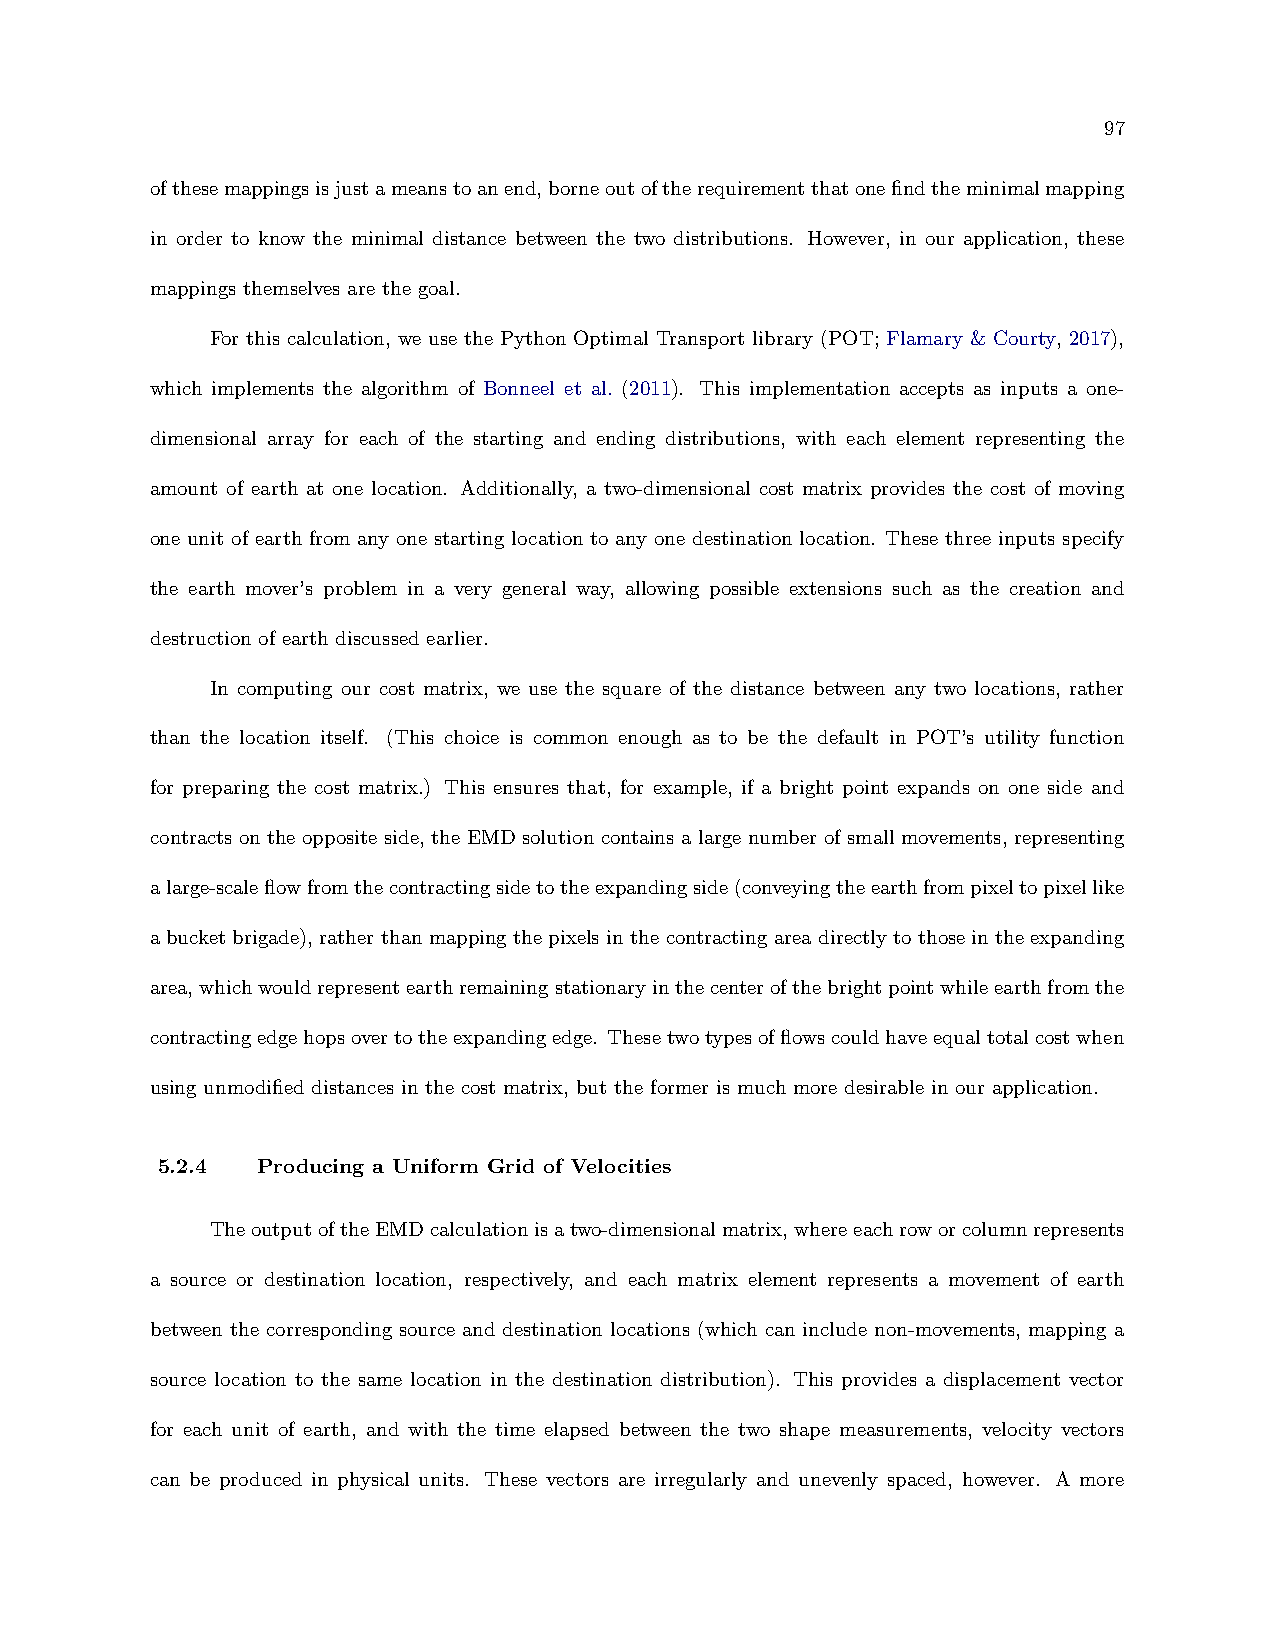
97
 ofthesemappingsisjustameanstoanend,borneoutoftherequirementthatonefindtheminimalmapping
 in order to know the minimal distance between the two distributions. However, in our application, these
 mappings themselves are the goal.
 For this calculation, we use the Python Optimal Transport library (POT; Flamary & Courty, 2017),
 which implements the algorithm of Bonneel et al. (2011). This implementation accepts as inputs a one-
 dimensional array for each of the starting and ending distributions, with each element representing the
 amount of earth at one location. Additionally, a two-dimensional cost matrix provides the cost of moving
 one unit of earth from any one starting location to any one destination location. These three inputs specify
 the earth mover’s problem in a very general way, allowing possible extensions such as the creation and
 destruction of earth discussed earlier.
 In computing our cost matrix, we use the square of the distance between any two locations, rather
 than the location itself. (This choice is common enough as to be the default in POT’s utility function
 for preparing the cost matrix.) This ensures that, for example, if a bright point expands on one side and
 contracts on the opposite side, the EMD solution contains a large number of small movements, representing
 alarge-scaleflowfromthecontractingsidetotheexpandingside(conveyingtheearthfrompixeltopixellike
 a bucket brigade), rather than mapping the pixels in the contracting area directly to those in the expanding
 area,whichwouldrepresentearthremainingstationaryinthecenterofthebrightpointwhileearthfromthe
 contractingedgehopsovertotheexpandingedge. Thesetwotypesofflowscouldhaveequaltotalcostwhen
 using unmodified distances in the cost matrix, but the former is much more desirable in our application.
 5.2.4  Producing a Uniform Grid of Velocities
 TheoutputoftheEMDcalculationisatwo-dimensionalmatrix,whereeachroworcolumnrepresents
 a source or destination location, respectively, and each matrix element represents a movement of earth
 between the corresponding source and destination locations (which can include non-movements, mapping a
 source location to the same location in the destination distribution). This provides a displacement vector
 for each unit of earth, and with the time elapsed between the two shape measurements, velocity vectors
 can be produced in physical units. These vectors are irregularly and unevenly spaced, however. A more